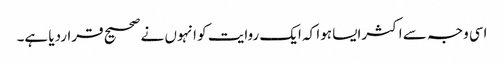
اسی وجہ سے اکثرایسا ہوا کہ ایک روایت کو انہوں نے صحیح قراردیا ہے۔